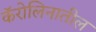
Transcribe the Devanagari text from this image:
कॅरोलिनातील